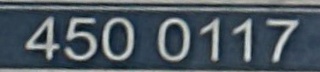
450 0117